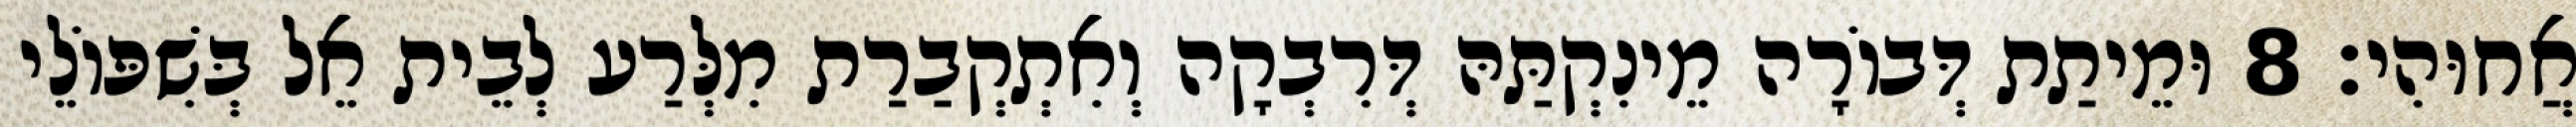
אֲחוּהִי׃ 8 וּמֵיתַת דְּבוֹרָה מֵינִקְתַּהּ דְּרִבְקָה וְאִתְקְבַרַת מִלְּרַע לְבֵית אֵל בְּשִׁפּוֹלֵי